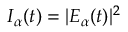
I _ { \alpha } ( t ) = | E _ { \alpha } ( t ) | ^ { 2 }